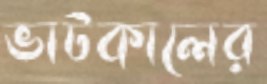
ভাটকালের